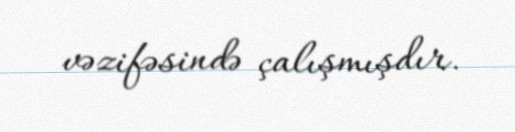
vəzifəsində çalışmışdır.